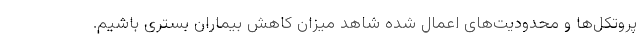
پروتکل‌ها و محدودیت‌های اعمال شده شاهد میزان کاهش بیماران بستری باشیم.